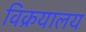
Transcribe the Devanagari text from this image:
विक्रयालय